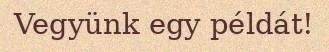
Vegyünk egy példát!